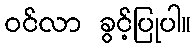
ဝင်လာ ခွင့်ပြုပါ။